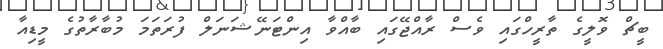
ބީޗް ވޮލީގެ ތާރީހްގައި ވެސް ރާއްޖޭގައި ބާއްވާ އިންޓަނޭޝަނަލް ފުރަތަމަ މުބާރާތުގެ މީޑިއާ